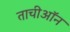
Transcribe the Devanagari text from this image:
ताचीऑन